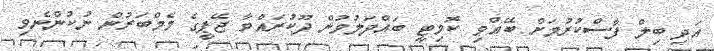
އަދި ބިލް ފާސްކުރުމަށް ބޭއްވި ކޮމިޓީ ބައްދަލުވުން ދޫކުރައްވާ ޖޭޕީގެ މެމްބަރުން ނުކުންނެވި